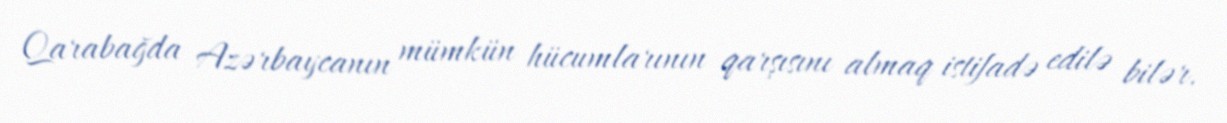
Qarabağda Azərbaycanın mümkün hücumlarının qarşısını almaq istifadə edilə bilər.